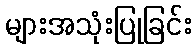
များအသုံးပြုခြင်း